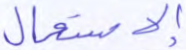
الإستعمال